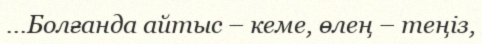
...Болғанда айтыс – кеме, өлең – теңіз,